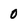
Character: 0